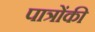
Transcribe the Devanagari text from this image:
पात्रोंकी